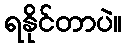
ရနိုင်တာပဲ။